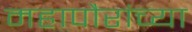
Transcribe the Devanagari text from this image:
महापौरांच्या